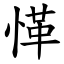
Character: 愅